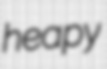
heapy